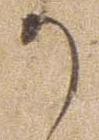
か